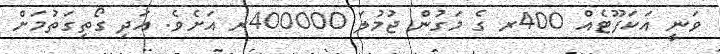
ވަނީ އަކަފޫޓެއް 400ރ ގެ މަގުން ޖުމުލަ 400000ރ އަށެވެ. އަދި ގޯތިގަތުމަށް